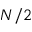
N / 2